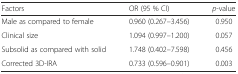
| Factors | OR (95 % CI) | p-value |
 | --- | --- | --- |
 | Male as compared to female | 0.960 (0.267–3.456) | 0.950 |
 | Clinical size | 1.094 (0.997–1.200) | 0.057 |
 | Subsolid as compared with solid | 1.748 (0.402–7.598) | 0.456 |
 | Corrected 3D-IRA | 0.733 (0.596–0.901) | 0.003 |